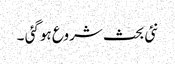
نئی بحث شروع ہوگئی ۔